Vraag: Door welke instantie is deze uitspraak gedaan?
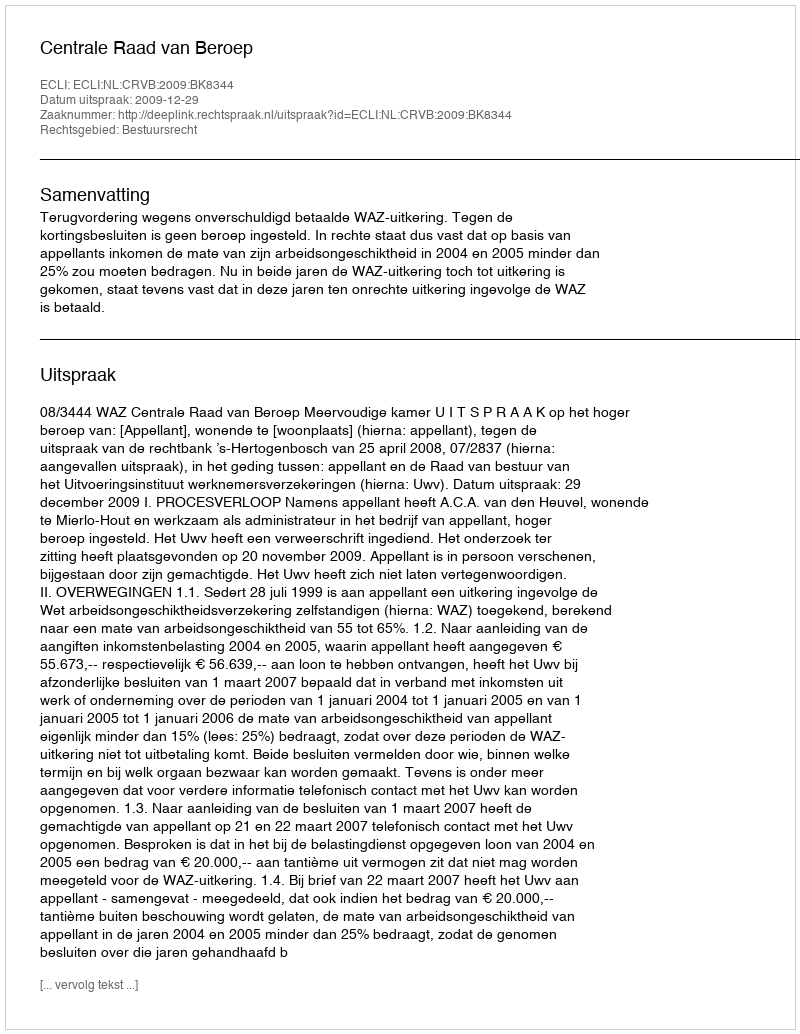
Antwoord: Centrale Raad van Beroep